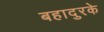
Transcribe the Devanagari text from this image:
बहादुरके